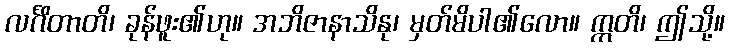
လင်္ဂိတာတိ၊ ခုန်ဖူး၏ဟု။ အဘိဇာနာသိနု၊ မှတ်မိပါ၏လော။ ဣတိ၊ ဤသို့။